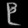
Digit: ၉